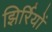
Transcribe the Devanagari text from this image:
झिर्रियों